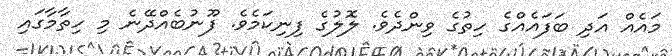
މައެއް އަދި ބަފައެއްގެ ހިތުގެ ވިންދެވެ. ލޮލުގެ ފިނިކަމެވެ. ފޫނުބެއްދޭނެ މި ހިތާމާގައި